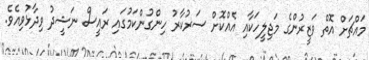
މައްޗަށް އޮތް ވަޒީރުންގެ މަޖިލީހަކާއި އެއްކޮށް ސަރުކާރު ހިންގުންކަމުގައި ރައީސް ނަޝީދު ވިދާޅުވިއެވެ.